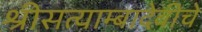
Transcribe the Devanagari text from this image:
श्रीसत्याम्बादेवीचे